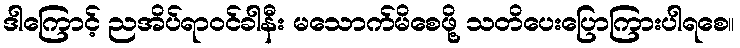
ဒါကြောင့် ညအိပ်ရာဝင်ခါနီး မသောက်မိစေဖို့ သတိပေးပြောကြားပါရစေ။